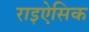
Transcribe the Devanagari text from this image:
राइऐसिक